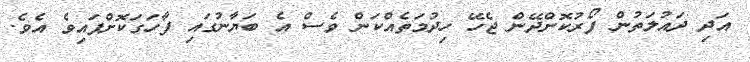
އަދި ދައުލަތުން ފޯރުކޮށްދޭން ޖެހޭ ހިދުމަތެއްކަން ވެސް އެ ބަޔާނުގައި ފާހަގަކޮށްފައިވެ އެވެ.